65_HS1-834228961_62-HQ-83894_Section_7
Agency: FBI
Page 134
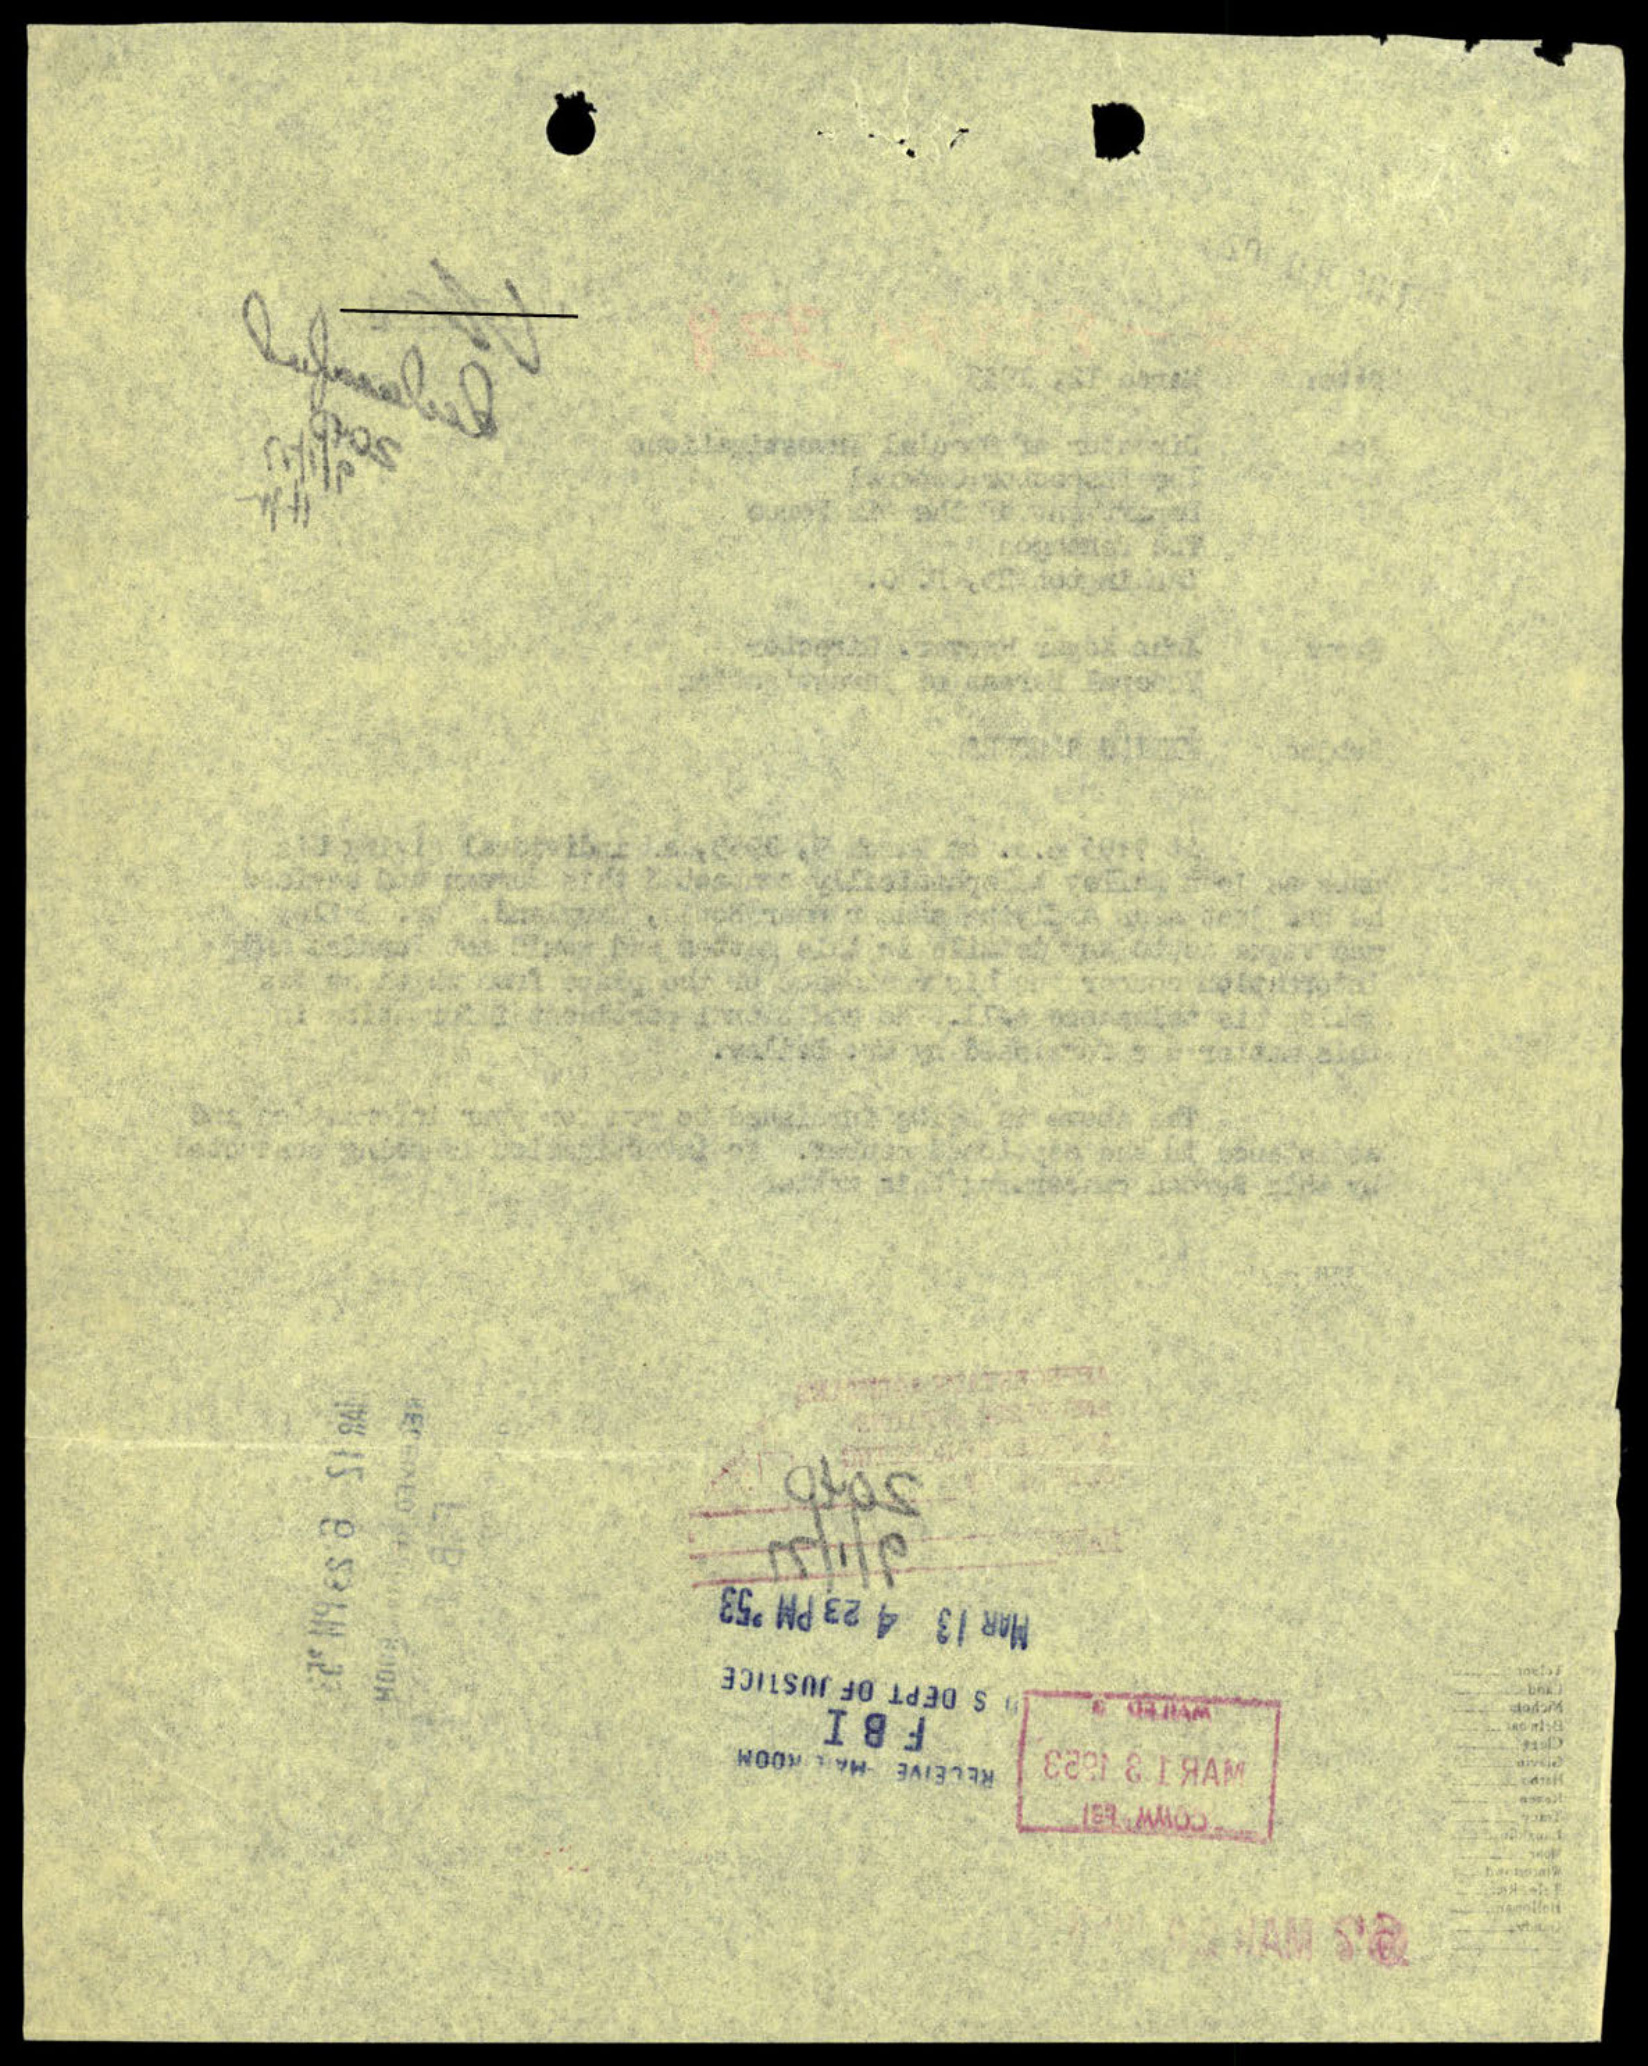